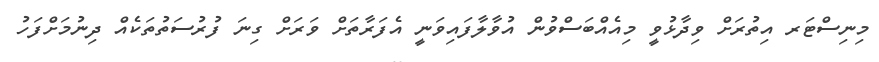
މިނިސްޓަރ އިތުރަށް ވިދާޅުވީ މިއެއްބަސްވުން އުވާލާފައިވަނީ އެފަރާތަށް ވަރަށް ގިނަ ފުރުސަތުތަކެއް ދިނުމަށްފަހު